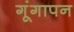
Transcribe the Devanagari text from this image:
गूंगापन